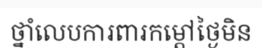
ថ្នាំលេបការពារកម្តៅថ្ងៃមិន